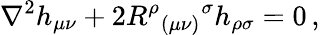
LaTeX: \nabla^{2}h_{\mu\nu}+2R^{\rho}{}_{(\mu\nu)}{}^{\sigma}h_{\rho\sigma}=0\, ,